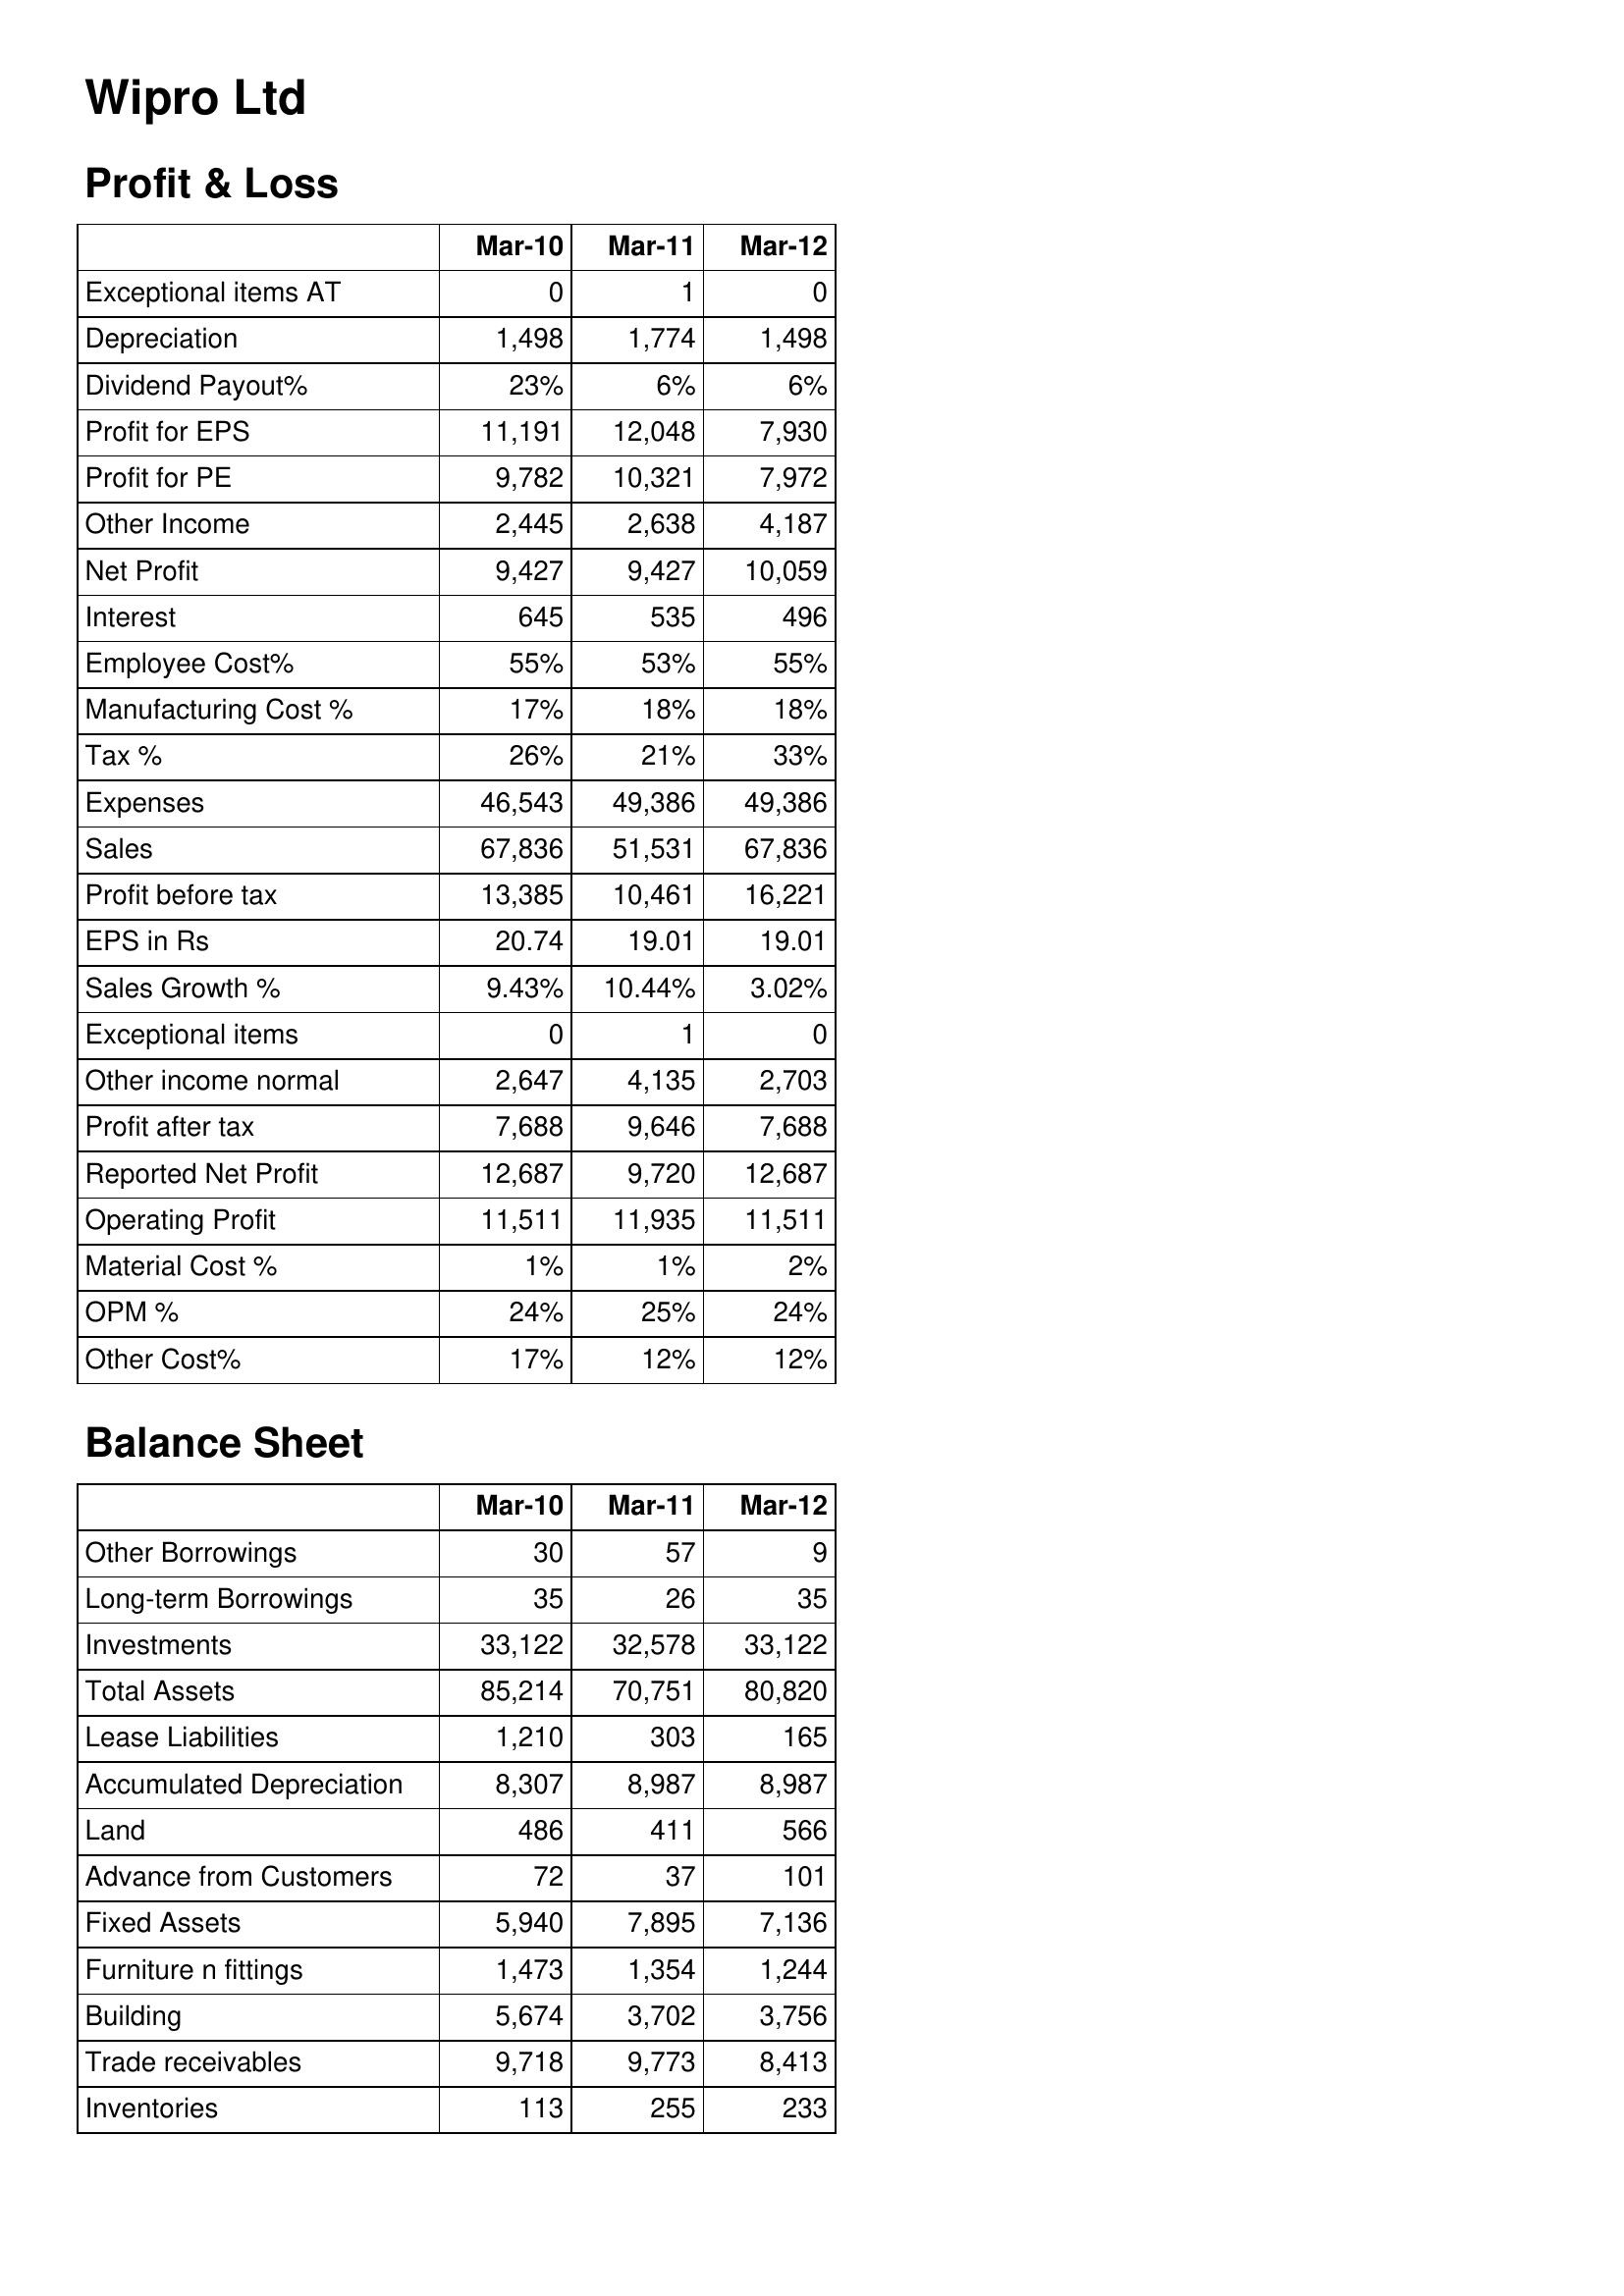
Mar-10: Profit & Loss: Exceptional items AT: 0
Depreciation: 1,498
Dividend Payout%: 23%
Profit for EPS: 11,191
Profit for PE: 9,782
Other Income: 2,445
Net Profit: 9,427
Interest: 645
Employee Cost%: 55%
Manufacturing Cost %: 17%
Tax %: 26%
Expenses: 46,543
Sales: 67,836
Profit before tax: 13,385
EPS in Rs: 20.74
Sales Growth %: 9.43%
Exceptional items: 0
Other income normal: 2,647
Profit after tax: 7,688
Reported Net Profit: 12,687
Operating Profit: 11,511
Material Cost %: 1%
OPM %: 24%
Other Cost%: 17%
Balance Sheet: Other Borrowings: 30
Long-term Borrowings: 35
Investments: 33,122
Total Assets: 85,214
Lease Liabilities: 1,210
Accumulated Depreciation: 8,307
Land: 486
Advance from Customers: 72
Fixed Assets: 5,940
Furniture n fittings: 1,473
Building: 5,674
Trade receivables: 9,718
Inventories: 113
Mar-11: Profit & Loss: Exceptional items AT: 1
Depreciation: 1,774
Dividend Payout%: 6%
Profit for EPS: 12,048
Profit for PE: 10,321
Other Income: 2,638
Net Profit: 9,427
Interest: 535
Employee Cost%: 53%
Manufacturing Cost %: 18%
Tax %: 21%
Expenses: 49,386
Sales: 51,531
Profit before tax: 10,461
EPS in Rs: 19.01
Sales Growth %: 10.44%
Exceptional items: 1
Other income normal: 4,135
Profit after tax: 9,646
Reported Net Profit: 9,720
Operating Profit: 11,935
Material Cost %: 1%
OPM %: 25%
Other Cost%: 12%
Balance Sheet: Other Borrowings: 57
Long-term Borrowings: 26
Investments: 32,578
Total Assets: 70,751
Lease Liabilities: 303
Accumulated Depreciation: 8,987
Land: 411
Advance from Customers: 37
Fixed Assets: 7,895
Furniture n fittings: 1,354
Building: 3,702
Trade receivables: 9,773
Inventories: 255
Mar-12: Profit & Loss: Exceptional items AT: 0
Depreciation: 1,498
Dividend Payout%: 6%
Profit for EPS: 7,930
Profit for PE: 7,972
Other Income: 4,187
Net Profit: 10,059
Interest: 496
Employee Cost%: 55%
Manufacturing Cost %: 18%
Tax %: 33%
Expenses: 49,386
Sales: 67,836
Profit before tax: 16,221
EPS in Rs: 19.01
Sales Growth %: 3.02%
Exceptional items: 0
Other income normal: 2,703
Profit after tax: 7,688
Reported Net Profit: 12,687
Operating Profit: 11,511
Material Cost %: 2%
OPM %: 24%
Other Cost%: 12%
Balance Sheet: Other Borrowings: 9
Long-term Borrowings: 35
Investments: 33,122
Total Assets: 80,820
Lease Liabilities: 165
Accumulated Depreciation: 8,987
Land: 566
Advance from Customers: 101
Fixed Assets: 7,136
Furniture n fittings: 1,244
Building: 3,756
Trade receivables: 8,413
Inventories: 233